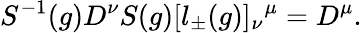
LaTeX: S^{-1}(g)D^{\nu}S(g)[l_{\pm}(g)]_{\nu}{}^{\mu}=D^{\mu}.